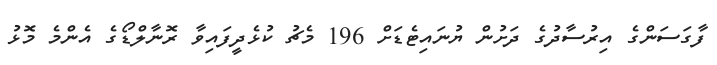
ފާގަސަންގެ އިރުސާދުގެ ދަށުން ޔުނައިޓެޑަށް 196 މެޗު ކުޅެދީފައިވާ ރޮނާލްޑޯގެ އެންމެ މޮޅު